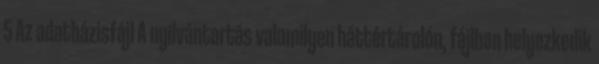
5 Az adatbázisfájl A nyilvántartás valamilyen háttértárolón, fájlban helyezkedik